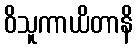
ဝိသူကာယိတာနိ